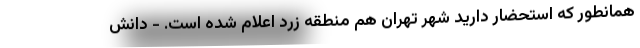
همانطور که استحضار دارید شهر تهران هم منطقه زرد اعلام شده است. - دانش